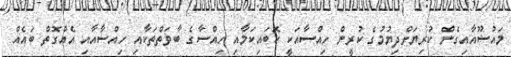
މައުޟޫއާއިގެން ކުރިޔަށްދިޔުމުގެ ކުރީން ހިއްސާއަކީ ކޮބައިކަމާއި ހިއްސާގެ ބާވަތްތަކާއި ހިއްސާއާއި އެއްގޮތް ބައެއް